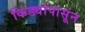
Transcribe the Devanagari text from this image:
किड्यांपासून